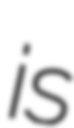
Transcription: is